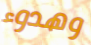
وهدوء